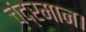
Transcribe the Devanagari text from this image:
चंद्रमान।